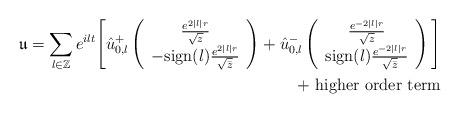
LaTeX: \begin{align*}\mathfrak{u}=\sum_{l\in\mathbb{Z}}e^{ilt}\Bigg[\hat{u}^{+}_{0,l}\left( \begin{array}{c}\frac{e^{2|l|r}}{\sqrt{z}}\\-\mbox{sign}(l)\frac{e^{2|l|r}}{\sqrt{\bar{z}}}\end{array} \right)+\hat{u}^{-}_{0,l}\left( \begin{array}{c}\frac{e^{-2|l|r}}{\sqrt{z}}\\\mbox{sign}(l)\frac{e^{-2|l|r}}{\sqrt{\bar{z}}}\end{array} \right)\Bigg]\\+\mbox{ higher order term}\end{align*}